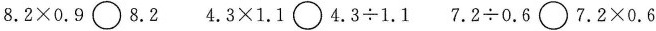
$$8 . 2 \times 0.9 \circ 8 . 2$$ $$4 . 3 \times 1 . 1 \circ 4 . 3 \div 1 . 1$$ $$7 . 2 \div 0 . 6 \circ 7 . 2 \times 0 . 6$$